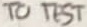
Text: TO TEST